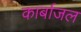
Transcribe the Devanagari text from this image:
कार्बाजल